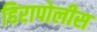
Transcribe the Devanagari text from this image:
हिरापोलीस